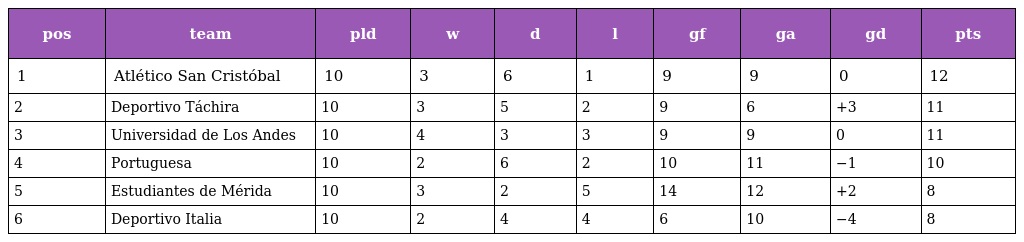
| pos | team | pld | w | d | l | gf | ga | gd | pts |
 | --- | --- | --- | --- | --- | --- | --- | --- | --- | --- |
 | 1 | Atlético San Cristóbal | 10 | 3 | 6 | 1 | 9 | 9 | 0 | 12 |
 | 2 | Deportivo Táchira | 10 | 3 | 5 | 2 | 9 | 6 | +3 | 11 |
 | 3 | Universidad de Los Andes | 10 | 4 | 3 | 3 | 9 | 9 | 0 | 11 |
 | 4 | Portuguesa | 10 | 2 | 6 | 2 | 10 | 11 | −1 | 10 |
 | 5 | Estudiantes de Mérida | 10 | 3 | 2 | 5 | 14 | 12 | +2 | 8 |
 | 6 | Deportivo Italia | 10 | 2 | 4 | 4 | 6 | 10 | −4 | 8 |